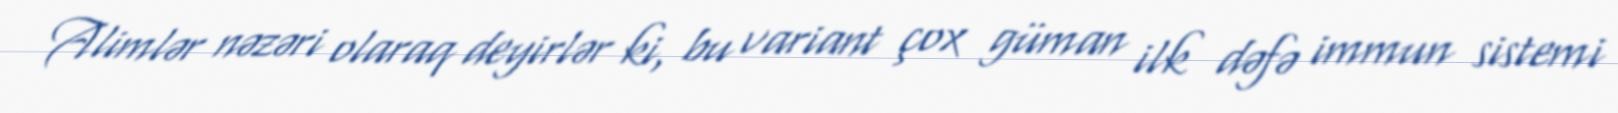
Alimlər nəzəri olaraq deyirlər ki, bu variant çox güman ilk dəfə immun sistemi